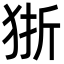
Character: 狾